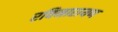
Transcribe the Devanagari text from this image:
रविनारायण